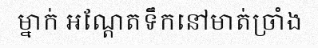
ម្នាក់ អណ្តែតទឹកនៅមាត់ច្រាំង